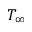
T _ { \infty }